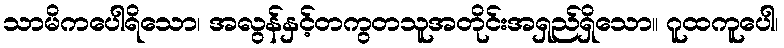
သာမိကပေါရိသော၊ အလွန်နှင့်တကွတသူအတိုင်းအရှည်ရှိသော။ ဂူထကူပေါ၊